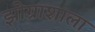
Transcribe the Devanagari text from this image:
झोग्राशाला